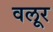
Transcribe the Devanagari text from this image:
वलूर